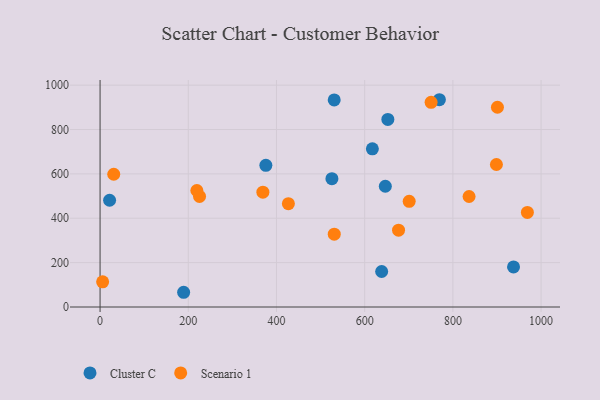
{"axis": {"x": "Experience", "y": "Exam Score"}, "legend": ["Cluster C", "Scenario 1"], "data": [{"x": "646.8", "y": 544.3, "type": "Cluster C"}, {"x": "769.4", "y": 934.3, "type": "Cluster C"}, {"x": "189.5", "y": 66.4, "type": "Cluster C"}, {"x": "937.5", "y": 180.8, "type": "Cluster C"}, {"x": "21.6", "y": 481.3, "type": "Cluster C"}, {"x": "652.5", "y": 845.3, "type": "Cluster C"}, {"x": "530.9", "y": 933.5, "type": "Cluster C"}, {"x": "638.5", "y": 160.0, "type": "Cluster C"}, {"x": "617.4", "y": 713.2, "type": "Cluster C"}, {"x": "525.7", "y": 578.3, "type": "Cluster C"}, {"x": "375.9", "y": 638.7, "type": "Cluster C"}, {"x": "369.2", "y": 517.7, "type": "Scenario 1"}, {"x": "898.7", "y": 642.4, "type": "Scenario 1"}, {"x": "676.8", "y": 346.3, "type": "Scenario 1"}, {"x": "531.0", "y": 328.1, "type": "Scenario 1"}, {"x": "5.8", "y": 113.4, "type": "Scenario 1"}, {"x": "700.9", "y": 476.2, "type": "Scenario 1"}, {"x": "750.6", "y": 922.8, "type": "Scenario 1"}, {"x": "901.0", "y": 900.3, "type": "Scenario 1"}, {"x": "31.0", "y": 598.4, "type": "Scenario 1"}, {"x": "836.7", "y": 498.2, "type": "Scenario 1"}, {"x": "225.5", "y": 498.4, "type": "Scenario 1"}, {"x": "219.5", "y": 525.1, "type": "Scenario 1"}, {"x": "968.9", "y": 426.1, "type": "Scenario 1"}, {"x": "427.0", "y": 465.6, "type": "Scenario 1"}]}